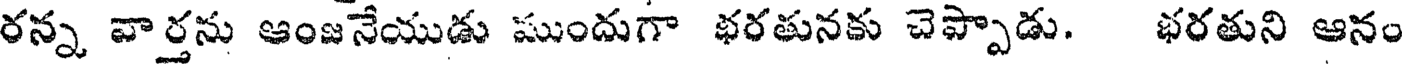
రన్న వార్తను ఆంజనేయుడు ముందుగా భరతునకు చెప్పాడు. భరతుని ఆనం